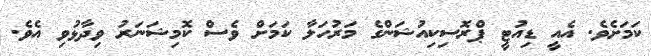
ކަމަށެވެ. އެއީ ޑިއުޓީ ޕްރޮސިކިއުޝަންގެ މަރުހަލާ ކަމަށް ވެސް ކޮމިޝަނަރު ވިދާޅުވި އެވެ.